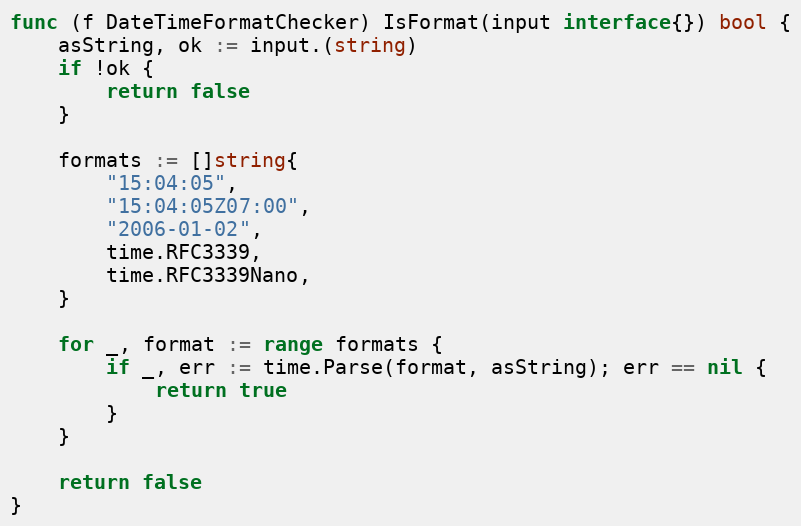
Language: Go
func (f DateTimeFormatChecker) IsFormat(input interface{}) bool {
	asString, ok := input.(string)
	if !ok {
		return false
	}

	formats := []string{
		"15:04:05",
		"15:04:05Z07:00",
		"2006-01-02",
		time.RFC3339,
		time.RFC3339Nano,
	}

	for _, format := range formats {
		if _, err := time.Parse(format, asString); err == nil {
			return true
		}
	}

	return false
}